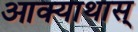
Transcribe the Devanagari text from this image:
आक्याथास्